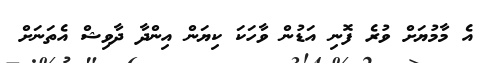
އެ މާމުޔަށް ވުރެ ފޮނި އަޑުން ވާހަކަ ކިޔަން އިންދާ ދާވިޝް އެތަނަށް